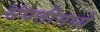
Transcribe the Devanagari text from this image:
संपत्तीमध्ये